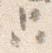
只